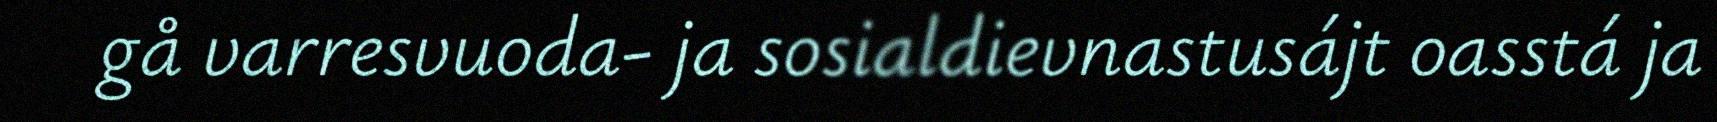
gå varresvuoda- ja sosialdievnastusájt oasstá ja